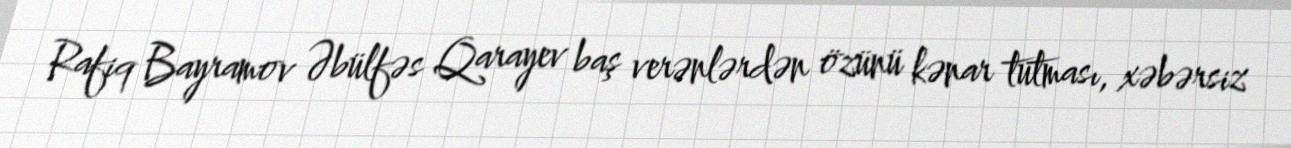
Rafiq Bayramov Əbülfəs Qarayev baş verənlərdən özünü kənar tutması, xəbərsiz